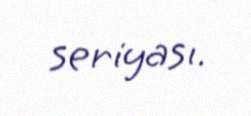
seriyası.